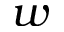
w